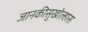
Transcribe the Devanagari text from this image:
जानकीसुखोल्हास